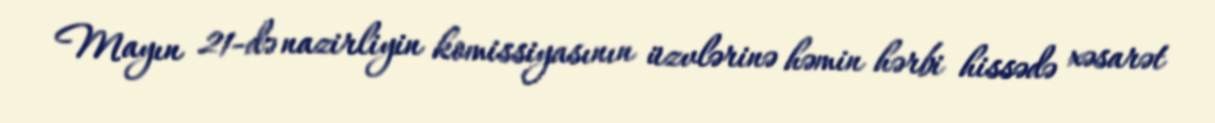
Mayın 21-də nazirliyin komissiyasının üzvlərinə həmin hərbi hissədə xəsarət